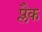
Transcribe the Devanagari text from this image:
प्लैक